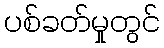
ပစ်ခတ်မှုတွင်